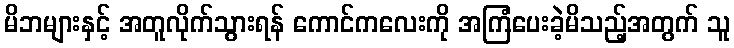
မိဘများနှင့် အတူလိုက်သွားရန် ကောင်ကလေးကို အကြံပေးခဲ့မိသည့်အတွက် သူ